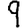
Digit: 9